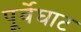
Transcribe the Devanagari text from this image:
पूर्वेघाट